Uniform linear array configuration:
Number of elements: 32
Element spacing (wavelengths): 0.75
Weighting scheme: exponential
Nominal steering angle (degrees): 15
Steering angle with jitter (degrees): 14.044
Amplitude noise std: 0.05
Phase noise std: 0.05

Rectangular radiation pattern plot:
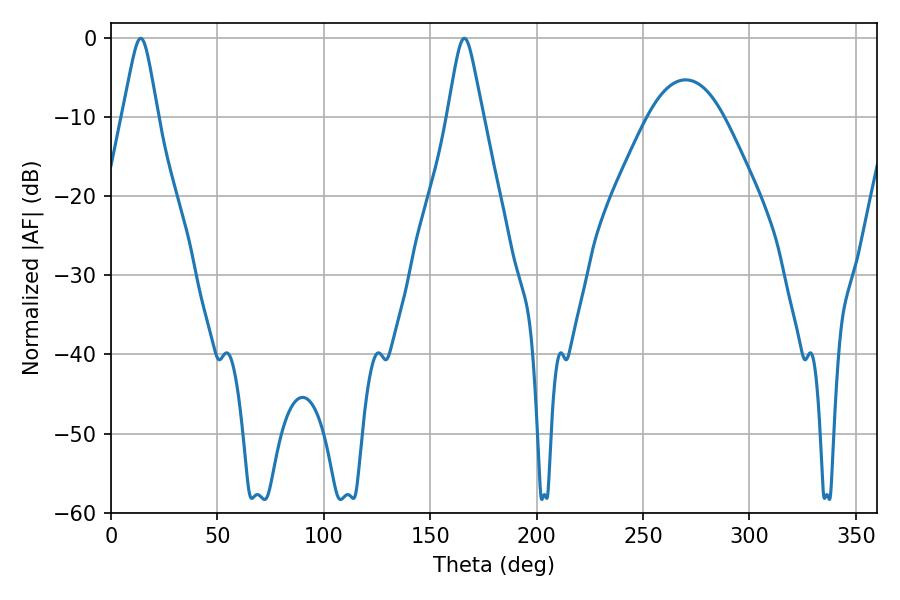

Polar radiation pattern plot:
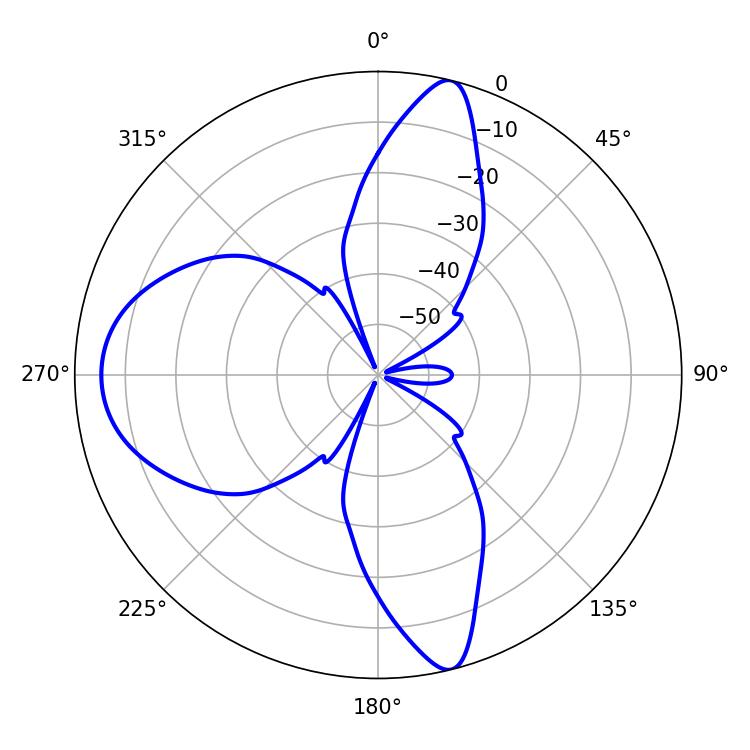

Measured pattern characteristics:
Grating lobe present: TRUE
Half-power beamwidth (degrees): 7.74
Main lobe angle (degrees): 14.04